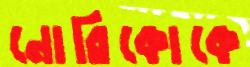
নোরিকোকে